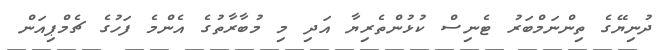
ދުނިޔޭގެ ތިންނަމްބަރު ޓެނިސް ކުޅުންތެރިޔާ އަދި މި މުބާރާތުގެ އެންމެ ފަހުގެ ޗެމްޕިއަން